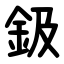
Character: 鈒